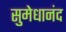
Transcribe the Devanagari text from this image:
सुमेधानंद